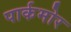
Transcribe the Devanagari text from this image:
पार्कमोर